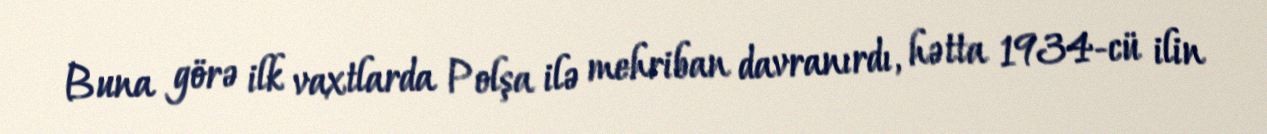
Buna görə ilk vaxtlarda Polşa ilə mehriban davranırdı, hətta 1934-cü ilin